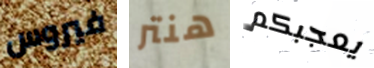
فيروس هنتر يعجبكم